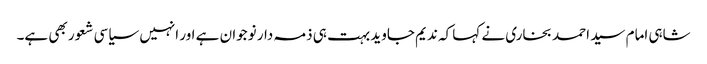
شاہی امام سید احمد بخاری نے کہا کہ ندیم جاوید بہت ہی ذمہ دار نوجوان ہے اور انہیں سیاسی شعور بھی ہے۔